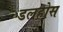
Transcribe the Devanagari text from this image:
डलहोस